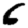
Digit: 6